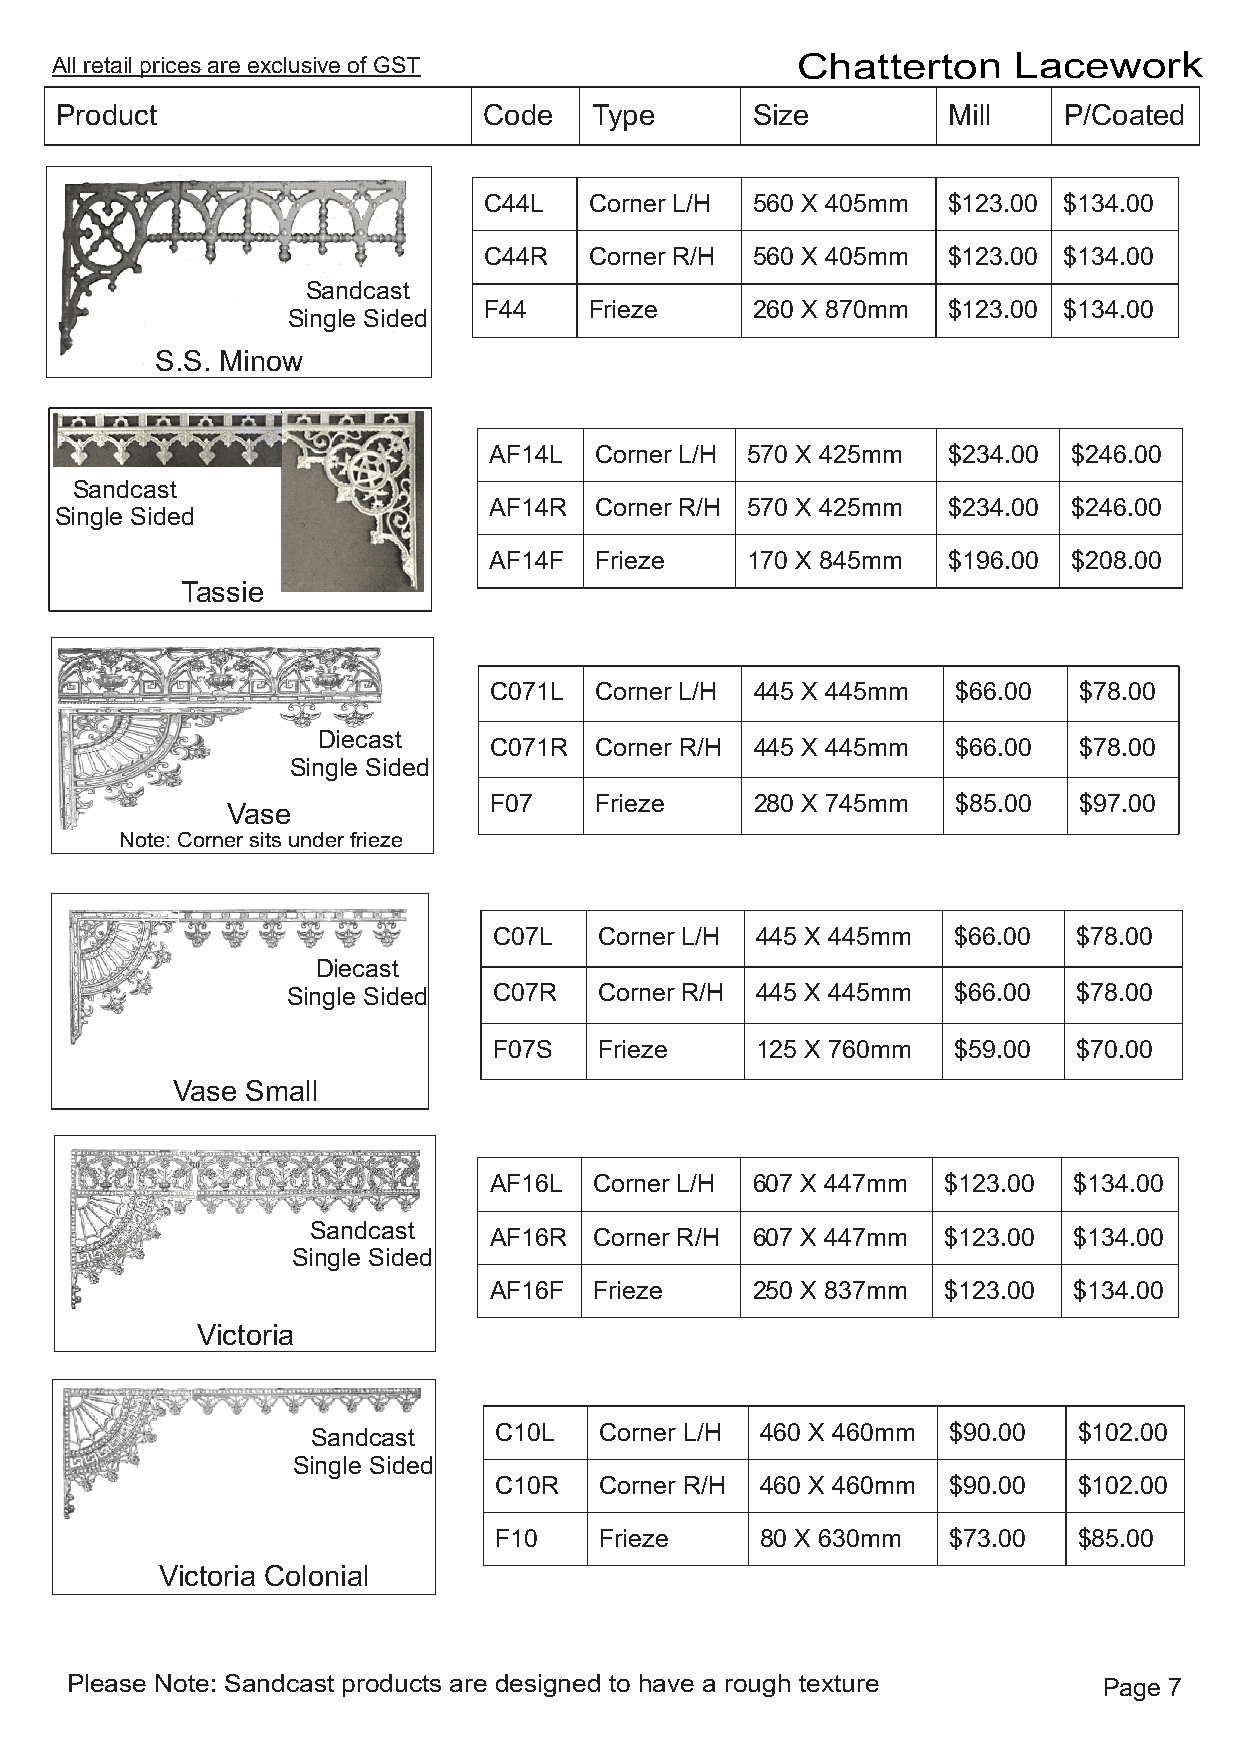
All retail prices are exclusive of GST            Chatterton    Lacework
 Product                     Code   Type       Size         Mill   P/Coated
 C44L   Corner L/H 560 X 405mm  $123.00 $134.00
 C44R   Corner R/H 560 X 405mm  $123.00 $134.00
 Sandcast
 F44    Frieze     260 X 870mm  $123.00 $134.00
 Single Sided
 S.S. Minow
 AF14L  Corner L/H 570 X 425mm  $234.00 $246.00
 Sandcast
 AF14R  Corner R/H 570 X 425mm  $234.00 $246.00
 Single Sided
 AF14F  Frieze    170 X 845mm   $196.00 $208.00
 Tassie
 C071L  Corner L/H 445 X 445mm  $66.00  $78.00
 Diecast
 C071R  Corner R/H 445 X 445mm  $66.00  $78.00
 Single Sided
 F07    Frieze     280 X 745mm  $85.00  $97.00
 Vase
 Note: Corner sits under frieze
 C07L   Corner L/H 445 X 445mm $66.00  $78.00
 Diecast
 Single Sided  C07R   Corner R/H 445 X 445mm $66.00  $78.00
 F07S   Frieze    125 X 760mm  $59.00  $70.00
 Vase Small
 AF16L  Corner L/H 607 X 447mm $123.00  $134.00
 Sandcast
 AF16R  Corner R/H 607 X 447mm $123.00  $134.00
 Single Sided
 AF16F  Frieze     250 X 837mm $123.00  $134.00
 Victoria
 Sandcast    C10L   Corner L/H 460 X 460mm $90.00  $102.00
 Single Sided
 C10R   Corner R/H 460 X 460mm $90.00  $102.00
 F10    Frieze    80 X 630mm   $73.00  $85.00
 Victoria Colonial
 Please Note: Sandcast products are designed to have a rough texture  Page 7